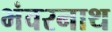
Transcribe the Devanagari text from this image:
भंवरनाथ